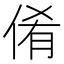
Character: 倄